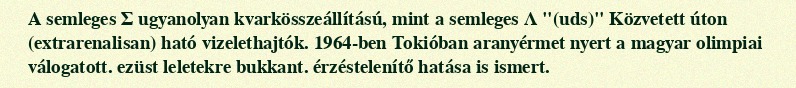
A semleges Σ ugyanolyan kvarkösszeállítású, mint a semleges Λ "(uds)" Közvetett úton (extrarenalisan) ható vizelethajtók. 1964-ben Tokióban aranyérmet nyert a magyar olimpiai válogatott. ezüst leletekre bukkant. érzéstelenítő hatása is ismert.